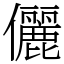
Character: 儷